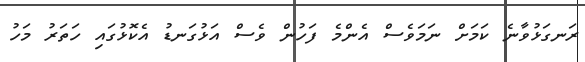
ރަނގަޅުވާނެ ކަމަށް ނަމަވެސް އެންމެ ފަހުން ވެސް އަޅުގަނޑު އެކޮޅުގައި ހަތަރު މަހު